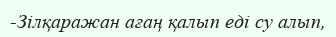
-Зілқаражан ағаң қалып еді су алып,